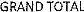
GRAND TOTAL